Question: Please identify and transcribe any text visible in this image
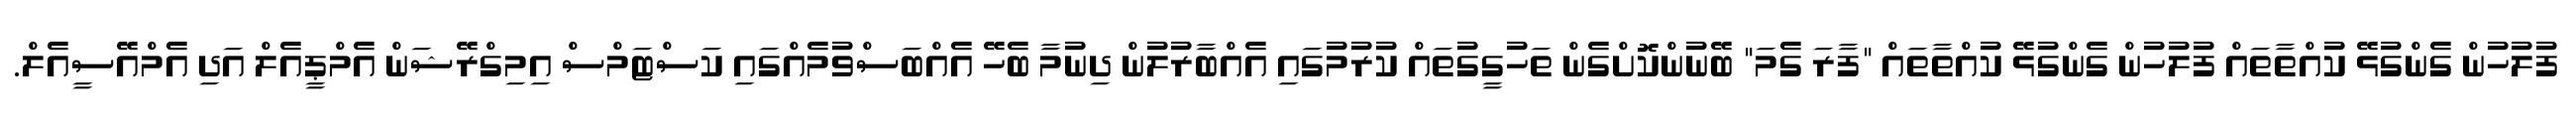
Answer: ފުލުހުން ގެންގުޅޭ ކުއްތާތައް ފުލުހުން ގެންގުޅޭ ކުއްތާތައް "ފާރަ ގެމަ" ބޭނުންކޮށްގެން ތަހުގީގުތައް ކުރުމުގައި އެއްބާރުލުން ދިނުމާ ބެހޭ އެއްބަސްވުމެއްގައި ކަސްޓަމްސް އިމިގްރޭޝަން އެމްޕީއެލް އަދި އެމްއޭސީއެލް.